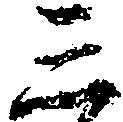
三